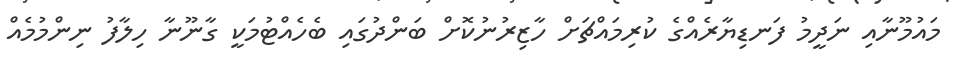
މައުމޫނާއި ނަދީމު ފަނޑިޔާރެއްގެ ކުރިމައްޗަށް ހާޒިރުނުކޮށް ބަންދުގައި ބެހެއްޓުމަކީ ގާނޫނާ ހިލާފު ނިންމުމެއް